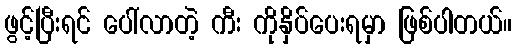
ဖွင့်ပြီးရင် ပေါ်လာတဲ့ ကီး ကိုနှိပ်ပေးရမှာ ဖြစ်ပါတယ်။